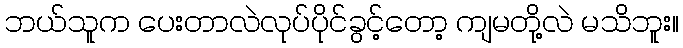
ဘယ်သူက ပေးတာလဲလုပ်ပိုင်ခွင့်တော့ ကျမတို့လဲ မသိဘူး။